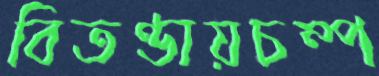
বিতণ্ডায়চম্প